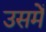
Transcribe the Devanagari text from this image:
उसमेँ